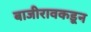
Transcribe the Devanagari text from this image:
बाजीरावकडून